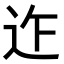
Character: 𨑶